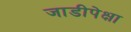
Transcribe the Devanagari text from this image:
जाडीपेक्षा